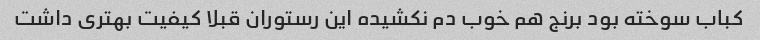
کباب سوخته بود برنج هم خوب دم نکشیده این رستوران قبلا کیفیت بهتری داشت